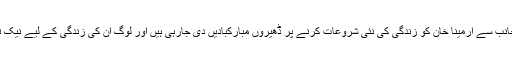
سوشل میڈیا پر مداحوں کی جانب سے ارمینا خان کو زندگی کی نئی شروعات کرنے پر ڈھیروں مبارکبادیں دی جارہی ہیں اور لوگ ان کی زندگی کے لیے نیک تمناؤں کا اظہار کررہے ہیں۔